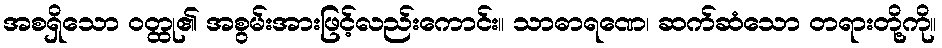
အစရှိသော ဝတ္ထု၏ အစွမ်းအားဖြင့်လည်းကောင်း။ သာဓာရဏေ၊ ဆက်ဆံသော တရားတို့ကို။